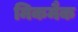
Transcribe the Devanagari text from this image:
मिकमैक